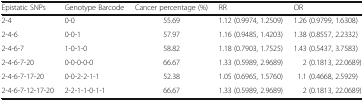
<table><thead><tr><td><b>Epistatic SNPs</b></td><td><b>Genotype Barcode</b></td><td><b>Cancer percentage (%)</b></td><td><b>RR</b></td><td><b>OR</b></td></tr></thead><tbody><tr><td>2-4</td><td>0-0</td><td>55.69</td><td>1.12 (0.9974, 1.2509)</td><td>1.26 (0.9799, 1.6308)</td></tr><tr><td>2-4-6</td><td>0-0-1</td><td>57.97</td><td>1.16 (0.9485, 1.4203)</td><td>1.38 (0.8557, 2.2332)</td></tr><tr><td>2-4-6-7</td><td>1-0-1-0</td><td>58.82</td><td>1.18 (0.7903, 1.7525)</td><td>1.43 (0.5437, 3.7583)</td></tr><tr><td>2-4-6-7-20</td><td>0-0-0-0-0</td><td>66.67</td><td>1.33 (0.5989, 2.9689)</td><td>2 (0.1813, 22.0689)</td></tr><tr><td>2-4-6-7-17-20</td><td>0-0-2-2-1-1</td><td>52.38</td><td>1.05 (0.6965, 1.5760)</td><td>1.1 (0.4668, 2.5929)</td></tr><tr><td>2-4-6-7-12-17-20</td><td>2-2-1-1-0-1-1</td><td>66.67</td><td>1.33 (0.5989, 2.9689)</td><td>2 (0.1813, 22.0689)</td></tr></tbody></table>